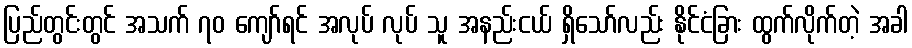
ပြည်တွင်းတွင် အသက် ၇၀ ကျော်ရင် အလုပ် လုပ် သူ အနည်းငယ် ရှိသော်လည်း နိုင်ငံခြား ထွက်လိုက်တဲ့ အခါ